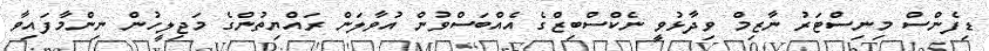
ޑިފެންސް މިނިސްޓަރު ނާޒިމް ވިދާޅުވީ ނެކްސްބިޒްގެ އެއްބަސްވުން އުވާލަން ރައްޔިތުންގެ މަޖިލީހުން ނިންމާފައިވާ